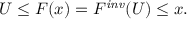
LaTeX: { U \leq F ( x ) } = { F ^ { \mathit { i n v } } ( U ) \leq x } .